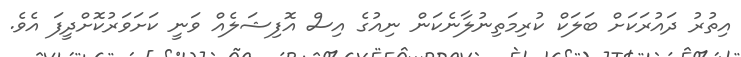
އިތުރު ދައުރަކަށް ބަލަކް ކުރިމަތިނުލާނެކަން ނިއުގެ އިސް އޮފިޝަލެއް ވަނީ ކަށަވަރުކޮށްދީފަ އެވެ.